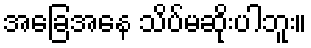
အခြေအနေ သိပ်မဆိုးပါဘူး။